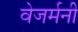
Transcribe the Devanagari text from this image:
वेजर्मनी